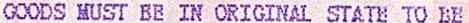
GOODS MUST BE IN ORIGINAL STATE TO BE